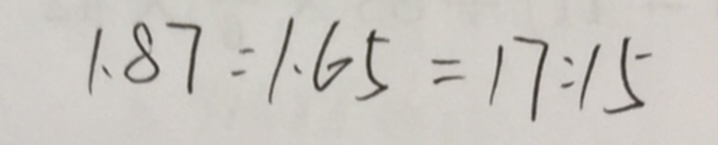
1 . 8 7 : 1 . 6 5 = 1 7 : 1 5